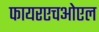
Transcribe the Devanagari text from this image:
फायरएचओएल